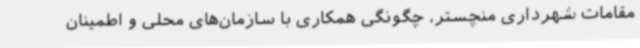
مقامات شهرداری منچستر، چگونگی همکاری با سازمان‌های محلی و اطمینان